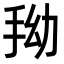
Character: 𭠞